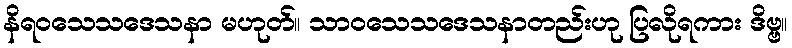
နိရဝသေသဒေသနာ မဟုတ်။ သာဝသေသဒေသနာတည်းဟု ပြလိုရကား ဒိဗ္ဗ။